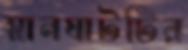
স্নানঘাটটির